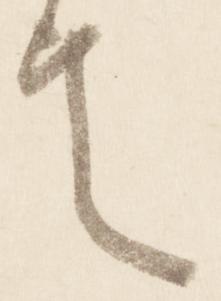
令